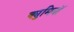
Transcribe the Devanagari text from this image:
क्युमिनॉ